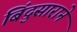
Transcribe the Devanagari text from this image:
बिंदुसाराने